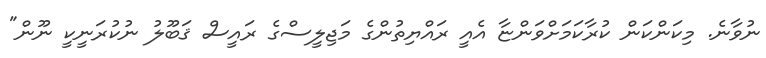
ނުވާނެ. މިކަންކަން ކުރާކަމަށްވަންޏާ އެއީ ރައްޔިތުންގެ މަޖިލީސްގެ ރައީސް ޤަބޫލު ނުކުރަނީކީ ނޫން"